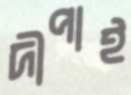
দীপাই